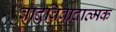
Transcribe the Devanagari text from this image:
वादविवादात्मक